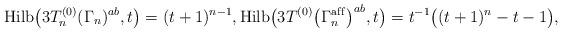
LaTeX: \begin{gather*}{\rm Hilb}\big(3T_n^{(0)}(\Gamma_n)^{ab},t\big)=(t+1)^{n-1},{\rm Hilb}\big(3T^{(0)}\big(\Gamma_n^{\rm af\/f}\big)^{ab},t\big)=t^{-1} \big((t+1)^{n}-t-1\big),\end{gather*}